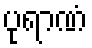
ပုရာဏံ